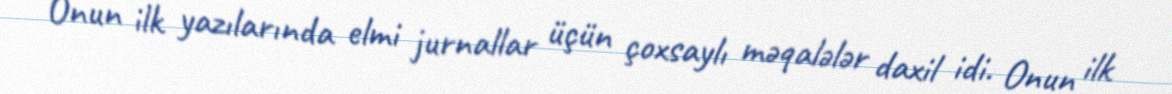
Onun ilk yazılarında elmi jurnallar üçün çoxsaylı məqalələr daxil idi. Onun ilk